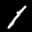
Label: 1